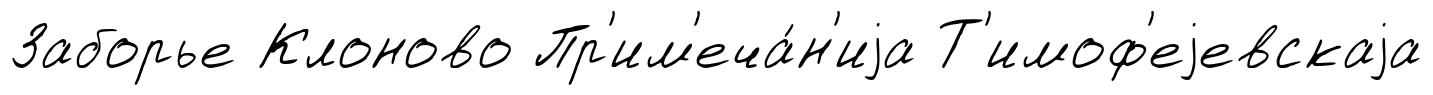
Заборье Клоново Пр'им'еча́н'иjа Т'имоф'еjевскаjа